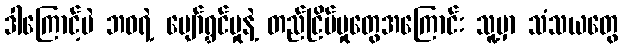
ဒါကြောင့်ပဲ ဘဝရဲ့ ပျော်ရွှင်မှုနဲ့ တည်ငြိမ်မှုတွေအကြောင်း သူ့မှာ သံသယတွေ